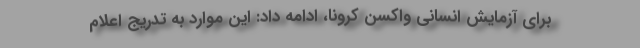
برای آزمایش انسانی واکسن کرونا، ادامه داد: این موارد به تدریج اعلام